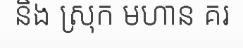
និង ស្រុក មហាន គរ